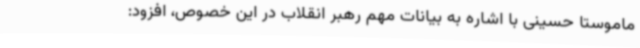
ماموستا حسینی با اشاره به بیانات مهم رهبر انقلاب در این خصوص، افزود: